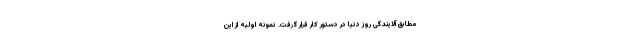
مطابق آلایندگی روز دنیا در دستور کار قرار گرفت. نمونه اولیه از این